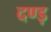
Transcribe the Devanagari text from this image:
दण्ड़